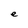
Character: e